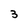
Character: 3